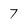
Character: 7